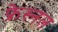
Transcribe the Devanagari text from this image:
फ्रेस्नल